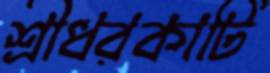
শ্রীধরকাটি